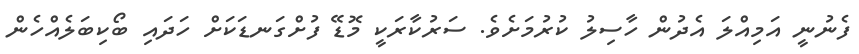
ފެނުނީ އަމިއްލަ އެދުން ހާސިލު ކުރުމަށެވެ. ސަރުކާރަކީ މޮޑޭ ފުށްގަނޑަކަށް ހަދައި ބޯކިބަލެއްހެން